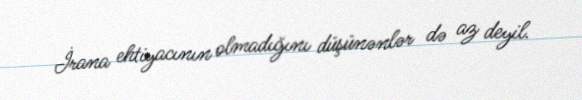
İrana ehtiyacının olmadığını düşünənlər də az deyil.